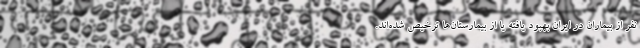
نفر از بیماران در ایران بهبود یافته یا از بیمارستان‌ها ترخیص شده‌اند.